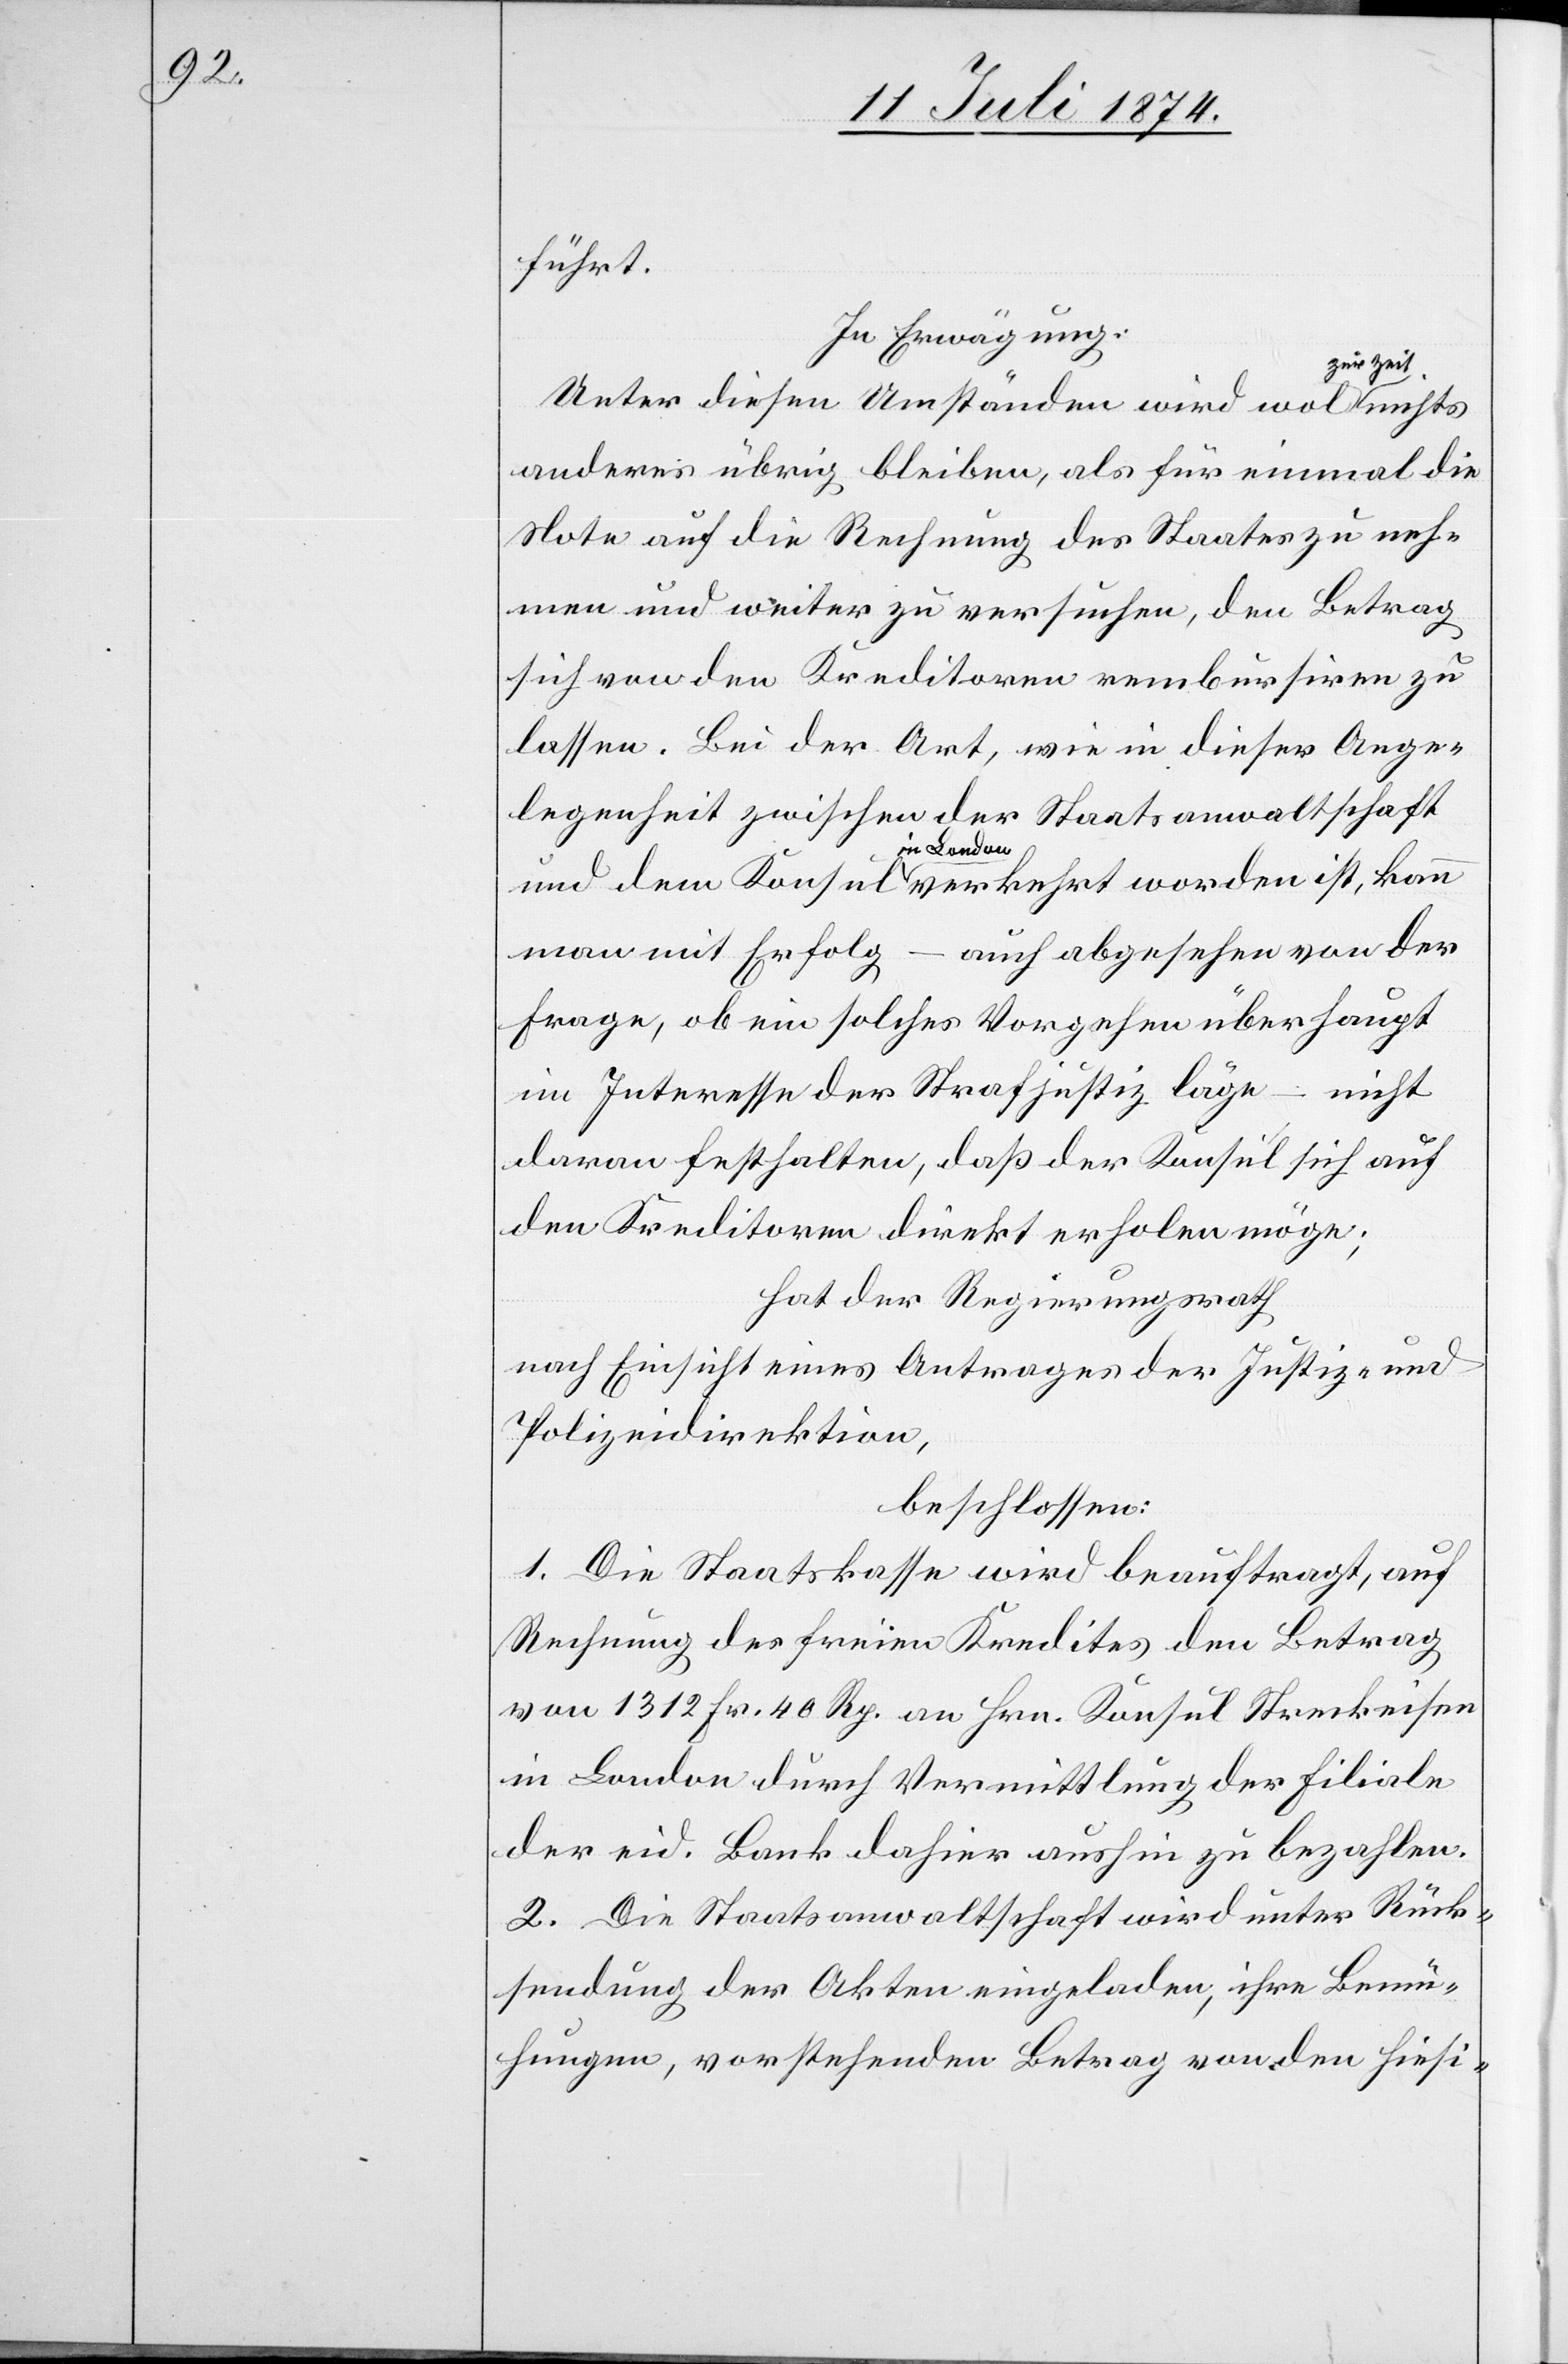
führt.
In Erwägung:
zur Zeit
Unter diesen Umständen wird wol
anderes übrig bleiben, als für einmal die
Note auf die Rechnung des Staates zu neh¬
men und weiter zu versuchen, den Betrag
sich von den Kreditoren rembursiren zu
lassen. Bei der Art, wie in dieser Ange¬
legenheit zwischen der Staatsanwaltschaft
in London
man mit Erfolg – auch abgesehen von der
Frage, ob ein solches Vorgehen überhaupt
im Interesse der Strafjustiz läge – nicht
daran festhalten, daß der Konsul sich auf
den Kreditoren direkt erholen möge;
hat der Regierungsrath
nach Einsicht eines Antrages der Justiz- und
Polizeidirektion,
beschlossen:
1. Die Staatskasse wird beauftragt, auf
Rechnung des freien Kredites den Betrag
von 1312. Fr. 40 Rp. an Hrn. Konsul Streckeisen
in London durch Vermittlung der Filiale
der eid. Bank dahier aushin zu bezahlen.
2. Die Staatsanwaltschaft wird unter Rück¬
sendung der Akten eingeladen, ihre Bemü¬
hungen, vorstehenden Betrag von den hiesi-